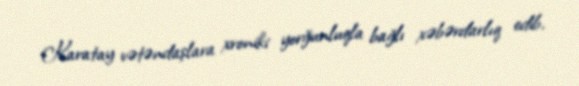
Karatay vətəndaşlara xroniki yorğunluqla bağlı xəbərdarlıq edib.